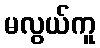
မလွယ်ကူ